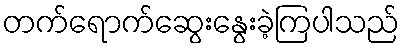
တက်ရောက်ဆွေးနွေးခဲ့ကြပါသည်